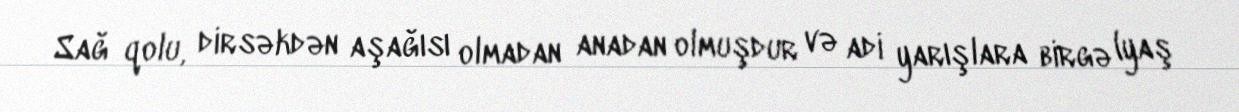
Sağ qolu, dirsəkdən aşağısı olmadan anadan olmuşdur və adi yarışlara birgə (yaş